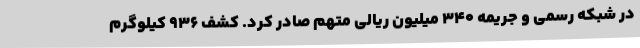
در شبکه رسمی و جریمه 340 میلیون ریالی متهم صادر کرد. کشف 936 کیلوگرم